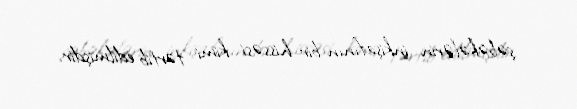
şəbəkələrin inkişafının bir hissəsi kimi tərtib edilmişdir.